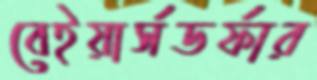
বেইয়ার্সডর্ফার